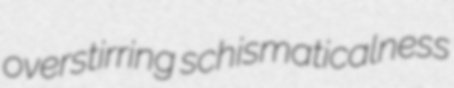
overstirring schismaticalness